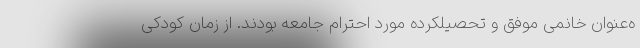
ه‌عنوان خانمی موفق و تحصیلکرده مورد احترام جامعه بودند. از زمان کودکی